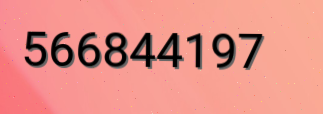
566844197